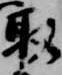
取